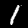
Digit: 1